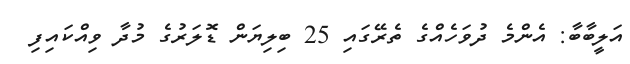
އަލީބާބާ: އެންމެ ދުވަހެއްގެ ތެރޭގައި 25 ބިލިޔަން ޑޮލަރުގެ މުދާ ވިއްކައިފި